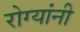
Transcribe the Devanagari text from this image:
रोग्यांनी